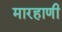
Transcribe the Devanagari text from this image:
मारहाणी